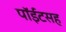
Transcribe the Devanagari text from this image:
पॉईंटसह